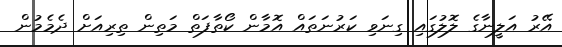
އޭރު އަލީނާގެ ލޮލުގައި ގިނަވި ކަރުނަތައް އޮމާން ކޯތާފަތް މަތިން ތިރިއަށް ދެމެމުން